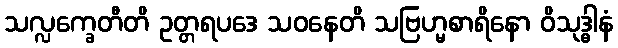
သလ္လက္ခေတီတိ ဥတ္တရပဒေ သဝနေတိ သဗြဟ္မစာရိနော ဝိသုဒ္ဓါနံ